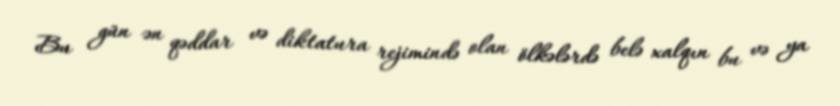
Bu gün ən qəddar və diktatura rejimində olan ölkələrdə belə xalqın bu və ya